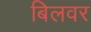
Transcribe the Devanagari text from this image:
बिलवर